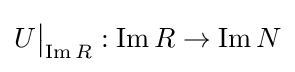
U{\big \vert }_{\operatorname {Im} R}:\operatorname {Im} R\to \operatorname {Im} N